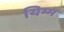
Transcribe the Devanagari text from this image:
यिम्म